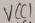
Text: VCC1